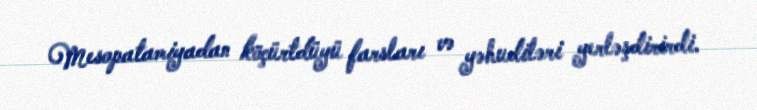
Mesopatamiyadan köçürtdüyü farsları və yəhudiləri yerləşdirirdi.